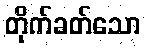
တိုက်ခတ်သော